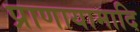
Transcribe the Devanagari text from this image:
प्राणायामादि